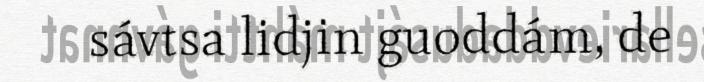
sávtsa lidjin guoddám, de